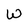
Character: W